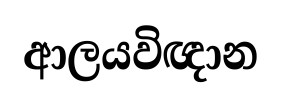
ආලයවිඥාන